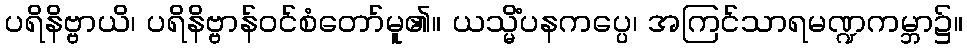
ပရိနိဗ္ဗာယိ၊ ပရိနိဗ္ဗာန်ဝင်စံတော်မူ၏။ ယသ္မိံပနကပ္ပေ၊ အကြင်သာရမဏ္ဍကမ္ဘာ၌။